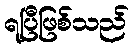
ရပြီဖြစ်သည်